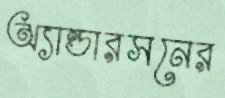
অ্যান্ডারসনের